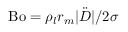
\mathrm { B o } = \rho _ { l } r _ { m } \vert \ddot { D } \vert / 2 \sigma